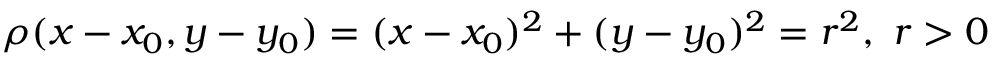
\rho ( x - x _ { 0 } , y - y _ { 0 } ) = ( x - x _ { 0 } ) ^ { 2 } + ( y - y _ { 0 } ) ^ { 2 } = r ^ { 2 } , \ r > 0